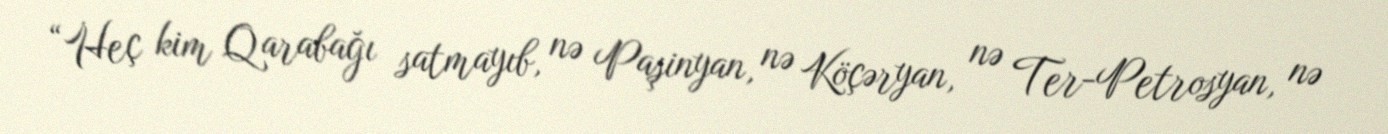
“Heç kim Qarabağı satmayıb, nə Paşinyan, nə Köçəryan, nə Ter-Petrosyan, nə